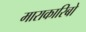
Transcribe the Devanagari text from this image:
माराकारिबो